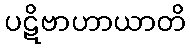
ပဋိဗာဟာယာတိ